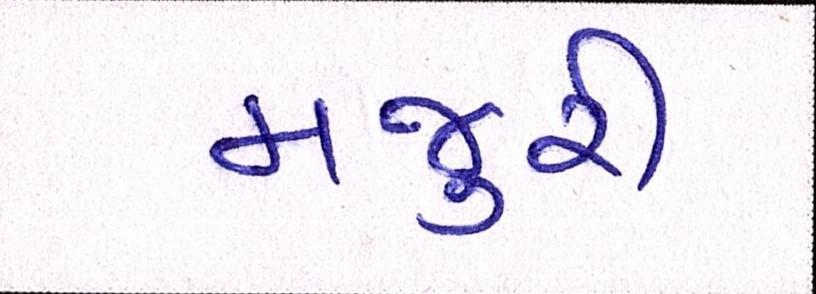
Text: મજુરી